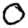
Digit: 0